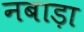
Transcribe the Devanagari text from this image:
नबाड़ा